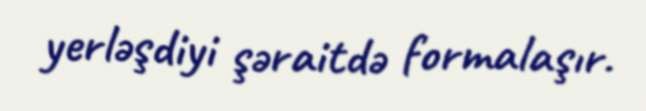
yerləşdiyi şəraitdə formalaşır.